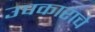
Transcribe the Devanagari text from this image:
उपकाराचे